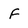
Character: F